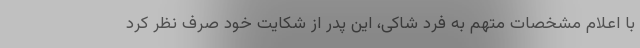
با اعلام مشخصات متهم به فرد شاکی، این پدر از شکایت خود صرف نظر کرد